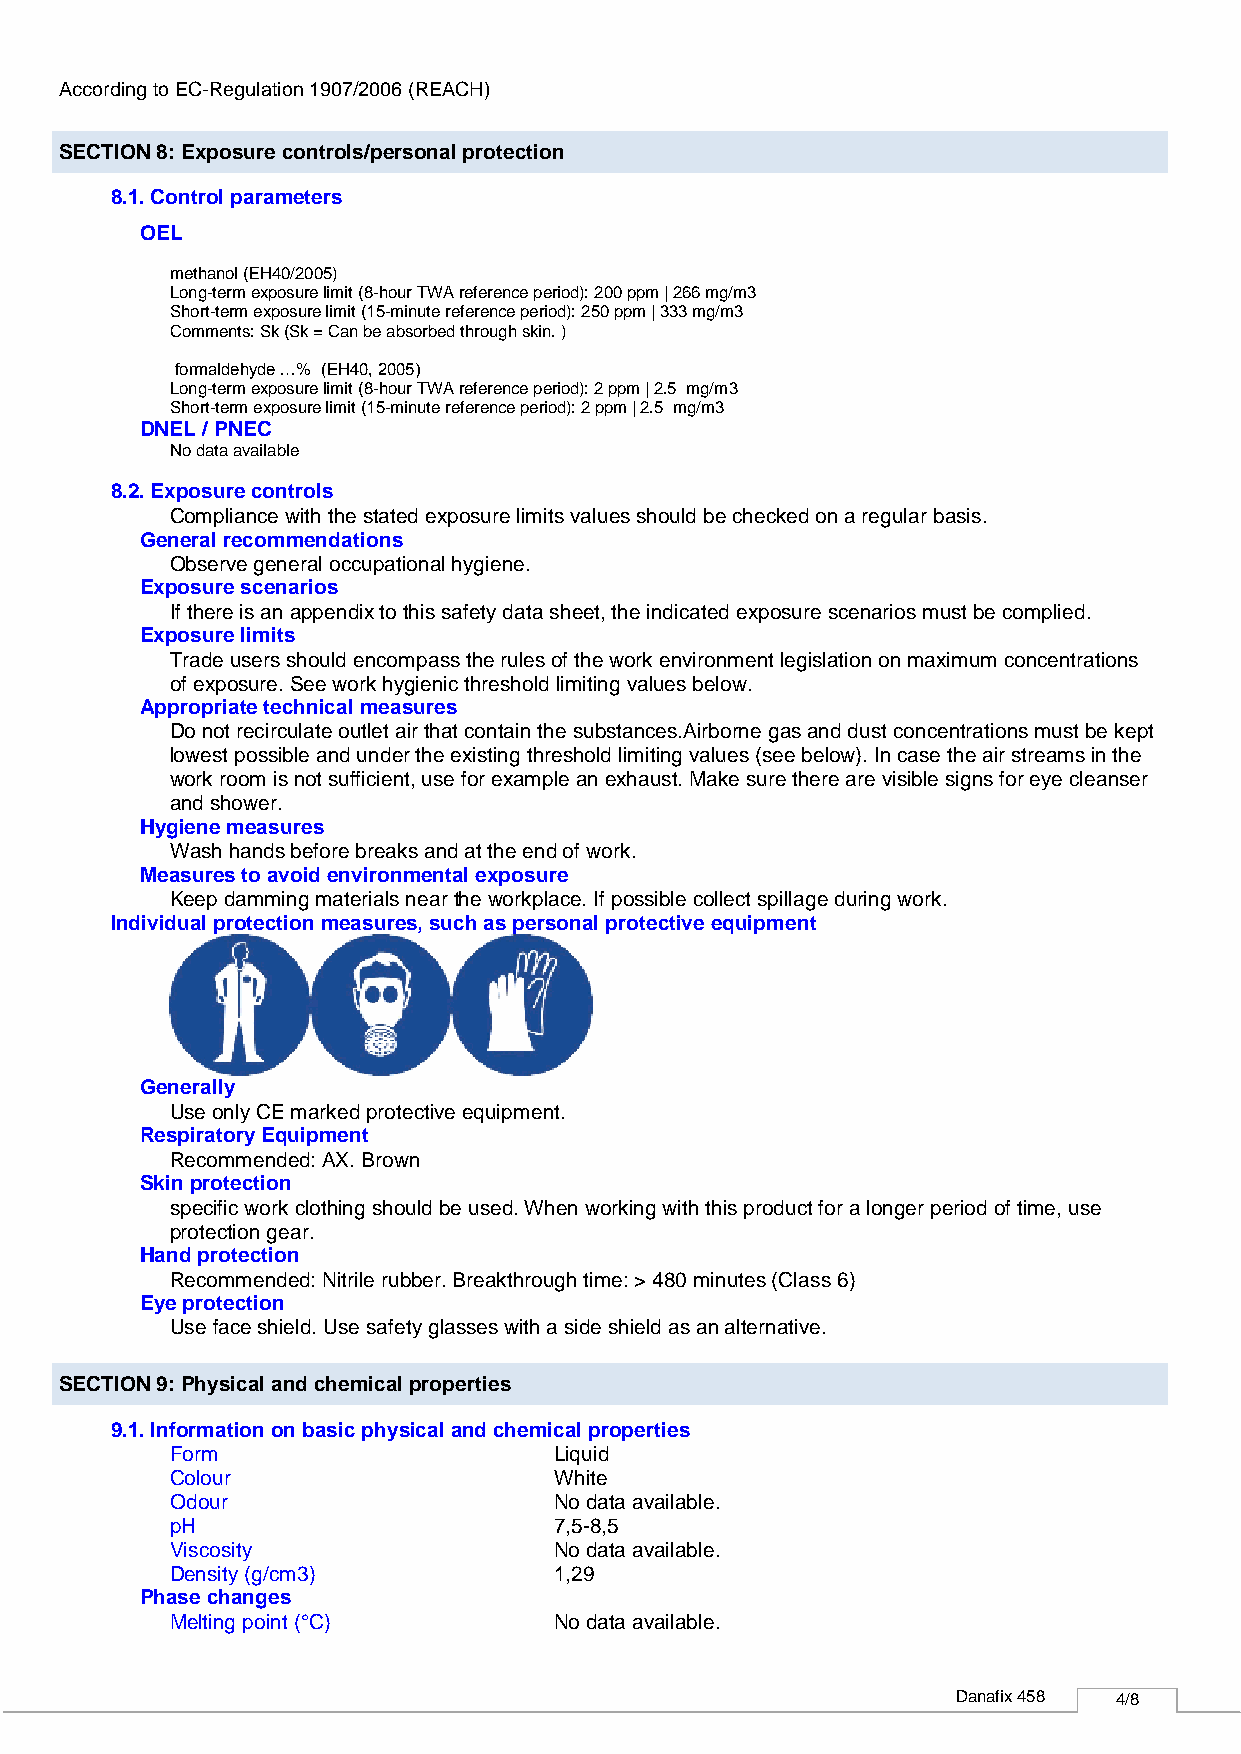
According to EC-Regulation 1907/2006 (REACH)
 SECTION 8: Exposure controls/personal protection
 8.1. Control parameters
 OEL
 methanol (EH40/2005)
 Long-term exposure limit (8-hour TWA reference period): 200 ppm | 266 mg/m3
 Short-term exposure limit (15-minute reference period): 250 ppm | 333 mg/m3
 Comments: Sk (Sk = Can be absorbed through skin. )
 formaldehyde …% (EH40, 2005)
 Long-term exposure limit (8-hour TWA reference period): 2 ppm | 2.5 mg/m3
 Short-term exposure limit (15-minute reference period): 2 ppm | 2.5 mg/m3
 DNEL / PNEC
 No data available
 8.2. Exposure controls
 Compliance with the stated exposure limits values should be checked on a regular basis.
 General recommendations
 Observe general occupational hygiene.
 Exposure scenarios
 If there is an appendix to this safety data sheet, the indicated exposure scenarios must be complied.
 Exposure limits
 Trade users should encompass the rules of the work environment legislation on maximum concentrations
 of exposure. See work hygienic threshold limiting values below.
 Appropriate technical measures
 Do not recirculate outlet air that contain the substances.Airborne gas and dust concentrations must be kept
 lowest possible and under the existing threshold limiting values (see below). In case the air streams in the
 work room is not sufficient, use for example an exhaust. Make sure there are visible signs for eye cleanser
 and shower.
 Hygiene measures
 Wash hands before breaks and at the end of work.
 Measures to avoid environmental exposure
 Keep damming materials near the workplace. If possible collect spillage during work.
 Individual protection measures, such as personal protective equipment
 Generally
 Use only CE marked protective equipment.
 Respiratory Equipment
 Recommended: AX. Brown
 Skin protection
 specific work clothing should be used. When working with this product for a longer period of time, use
 protection gear.
 Hand protection
 Recommended: Nitrile rubber. Breakthrough time: > 480 minutes (Class 6)
 Eye protection
 Use face shield. Use safety glasses with a side shield as an alternative.
 SECTION 9: Physical and chemical properties
 9.1. Information on basic physical and chemical properties
 Form                      Liquid
 Colour                    White
 Odour                     No data available.
 pH                        7,5-8,5
 Viscosity                 No data available.
 Density (g/cm3)           1,29
 Phase changes
 Melting point (°C)        No data available.
 Danafix 458 4/8